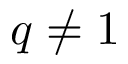
q \ne 1